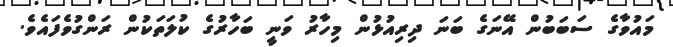
މައުވާގެ ސަބަބުން އޭނަގެ ބަނަ ދިރިއުޅުން މިހާރު ވަނީ ބަހާރުގެ ކުލަތަކުން ރަންގުވެފައެވެ.